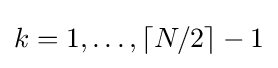
k=1,\ldots ,\lceil N/2\rceil -1